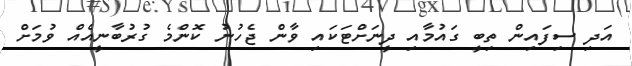
އަދި ސިފައިން ތިބީ ގައުމާއި ދީނަށްޓަކައި ވާން ޖެހުނު ކޮންމެ ގުރުބާނީއެއް ވުމަށް